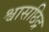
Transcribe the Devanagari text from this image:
श्वासछिद्र